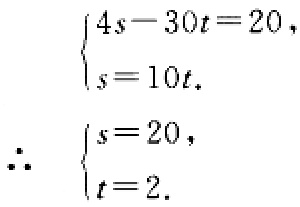
\[\begin{cases}4s - 30t = 20,\\s = 10t.\end{cases}\]
\[\therefore \begin{cases}s = 20,\\t = 2.\end{cases}\]